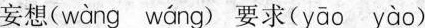
妄想( wàng wáng) 要求(yāo yào )